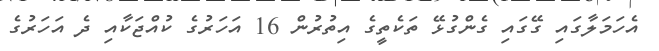
އެހަމަލާގައި ގޭގައި ގެންގުޅޭ ތަކެތީގެ އިތުރުން 16 އަހަރުގެ ކުއްޖަކާއި ދެ އަހަރުގެ